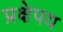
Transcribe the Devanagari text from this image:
प्रक्षेपय